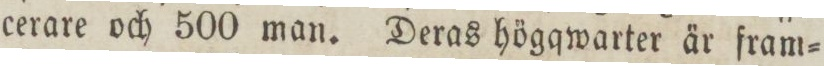
cerare och 500 man. Deras högqwarter är fram=